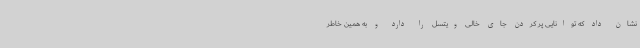
نشان داد که توانایی پر کردن جای خالی ویتسل را دارد و به همین خاطر